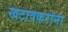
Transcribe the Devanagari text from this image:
खटावकरांना